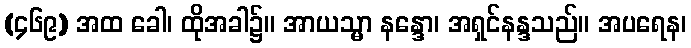
(၄၆၉) အထ ခေါ၊ ထိုအခါ၌။ အာယသ္မာ နန္ဒော၊ အရှင်နန္ဒသည်။ အပရေန၊